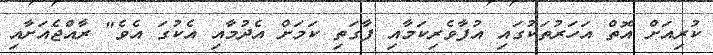
ކުރިއަށް އޮތް އަހަރުތަކުގައި އުފާވެރިކަމާއި ފާގަތި ކަމަށް އެދުމާއި އެކުގަ އެވެ" ރާއްޖެއަށާއި